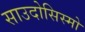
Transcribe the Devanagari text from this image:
साउदोसिस्मो